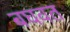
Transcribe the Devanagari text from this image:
बघवत